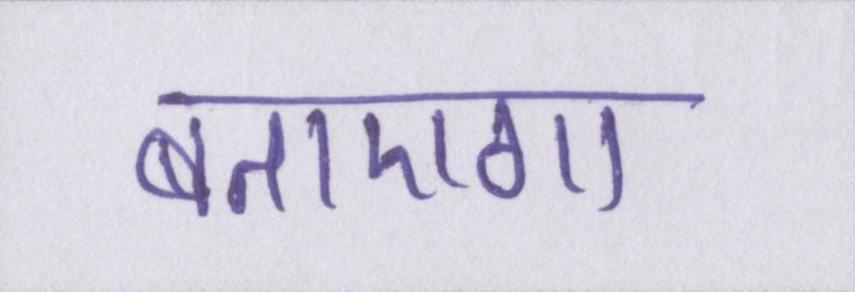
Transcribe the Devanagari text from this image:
बताएगा